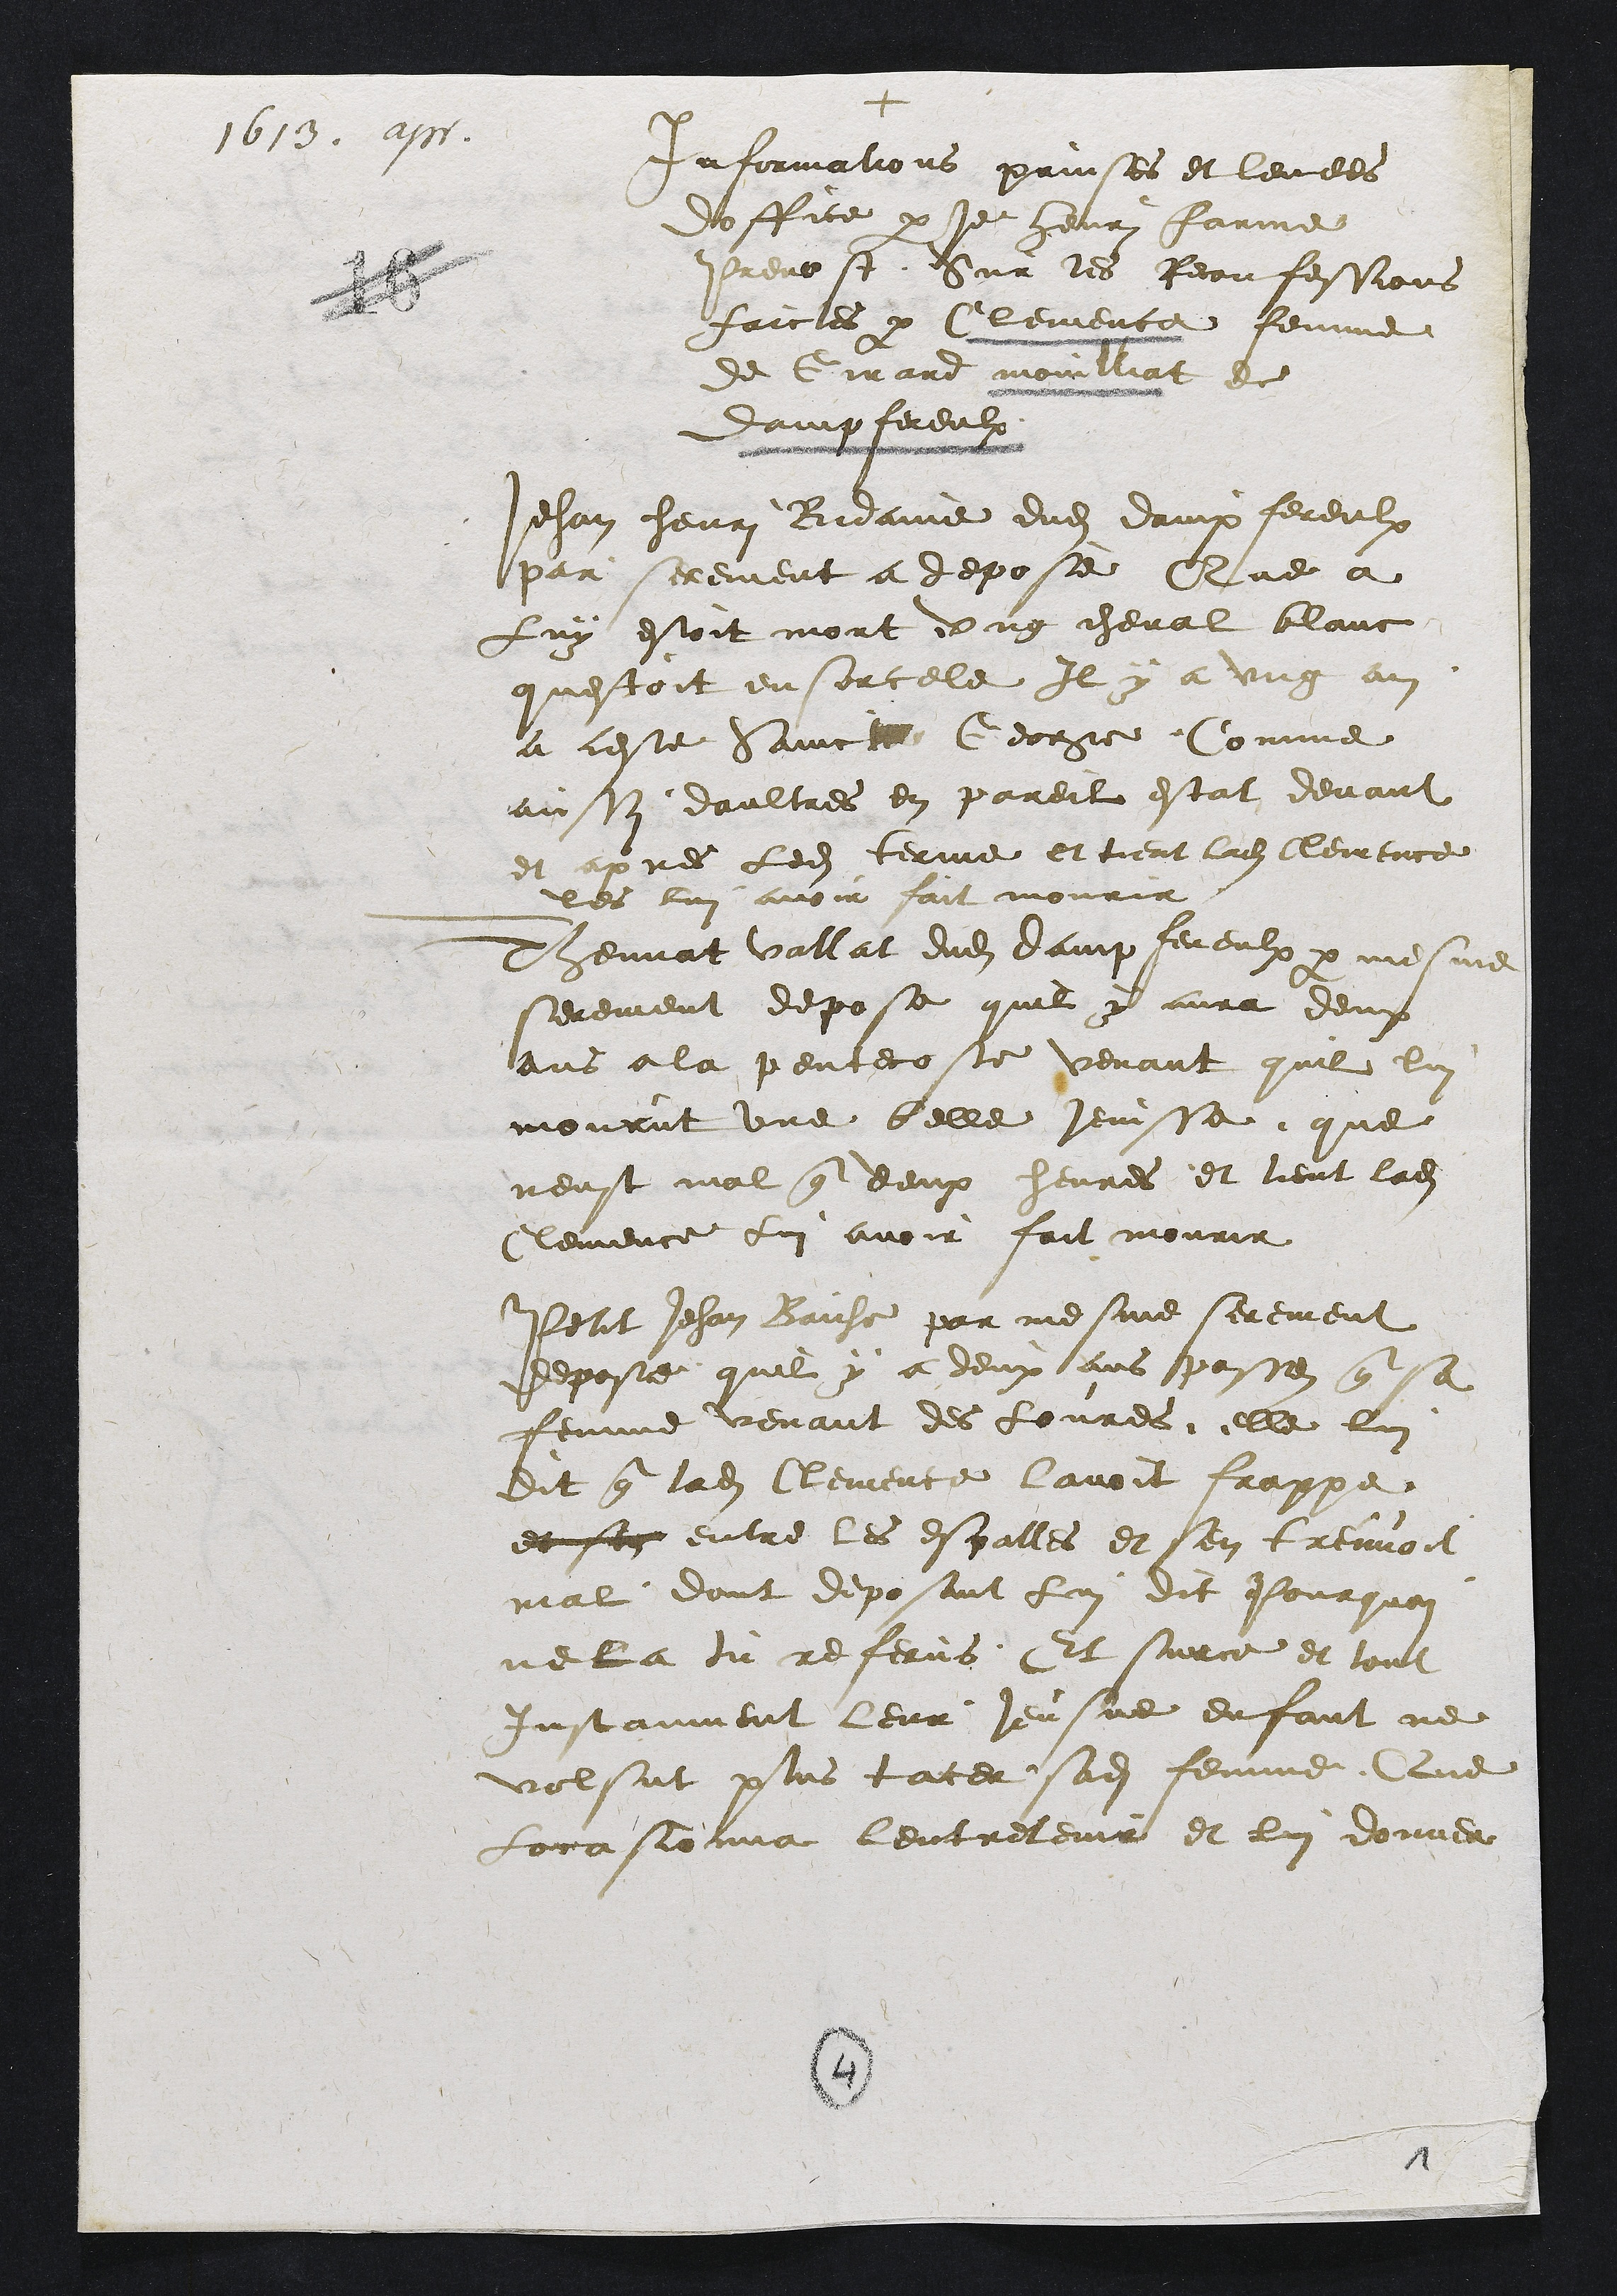
1613. apr.
+
Informations prinses et levees
doffice par je henri farine
Prevost Sur les Reconfessions
faictes par lemence femme
de Girard moullat de
dampfereulx
Jehan henri Bidaine dudit dampfereulx
par serement a depose Que a
Luy estoit mort ung cheval blave
questoit ensorcele Il y a ung a
a ceste Saincte George Comme
aussy daultres en pareit estat devant
et apres ledit terme et tient ladite lemence
les lui avoir fait mourir
Thennat vallat dudit dampfereulx par mesme
serement depose quil y aura deux
ans a la pentecoste verant quil lui
mourut une belle Jeusse que
neust mal que deux hevres et tient ladite
lemence lui avoir fait mourir
Petit Jehan Baiche par mesme serement
depose quil y a deux ans passe que sa
femme vevant des Lovres elle lui
Dit que ladite lemence lavoit frappe
et son entre les espalles et sen treuvoit
mal dont deposant lui dit Pourquoi
ne la tu referns Et surce et tout
Instanment leur Jeusne enffant ne
volsut plus lacer sadite femme Que
Lorsonne lentretenir et lui donner